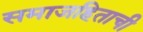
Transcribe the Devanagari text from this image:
समाजहिताची